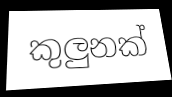
කුලුනක්